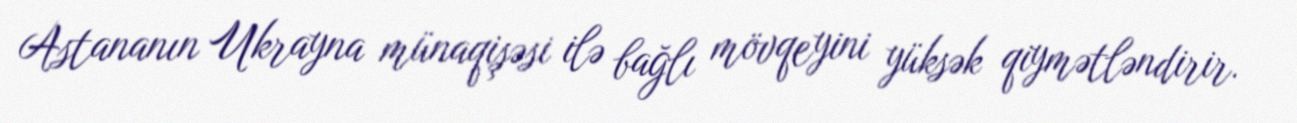
Astananın Ukrayna münaqişəsi ilə bağlı mövqeyini yüksək qiymətləndirir.